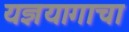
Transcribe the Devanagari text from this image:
यज्ञयागाचा